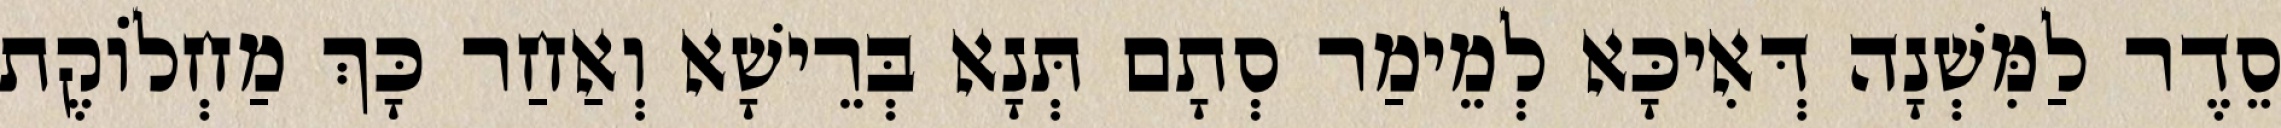
סֵדֶר לַמִּשְׁנָה דְּאִיכָּא לְמֵימַר סְתָם תְּנָא בְּרֵישָׁא וְאַחַר כָּךְ מַחְלוֹקֶת